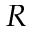
R